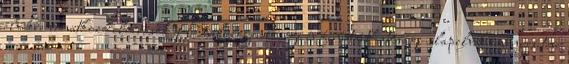
elvekre vonatkozó előírások 1 Esélyegyenlőségi és fenntarthatósági alapelvek érvényesítése